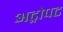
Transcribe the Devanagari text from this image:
अट्रोपट